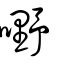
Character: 嘢